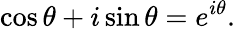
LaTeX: \cos\theta+i\sin\theta=e^{i\theta}.